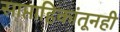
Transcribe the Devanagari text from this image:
साप्ताहिकांतूनही